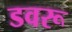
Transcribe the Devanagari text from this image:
डवरू